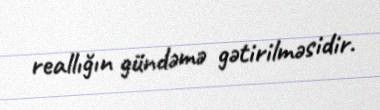
reallığın gündəmə gətirilməsidir.